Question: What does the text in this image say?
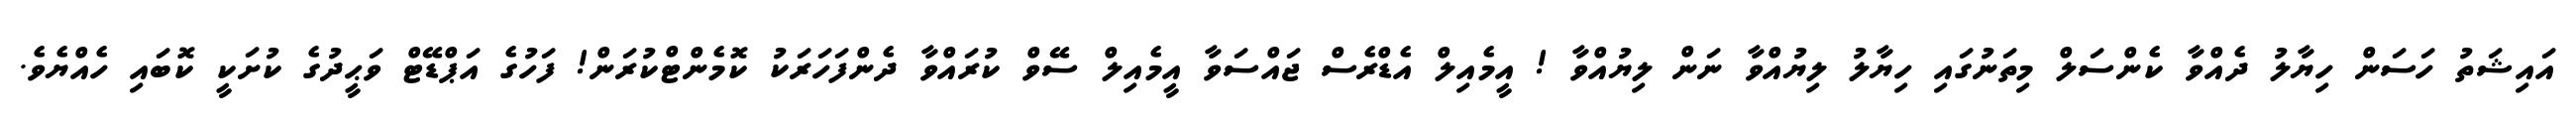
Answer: އައިޝަތު ހަސަން ހިޔާލު ދެއްވާ ކެންސަލް މިތަނުގައި ހިޔާލު ލިޔުއްވާ ނަން ލިޔުއްވާ ! އީމެއިލް އެޑްރެސް ޖައްސަވާ އީމެއިލް ސޭވް ކުރައްވާ ދެންފަހަރަކު ކޮމެންޓްކުރަން! ފަހުގެ އަޕްޑޭޓް ވަޙީދުގެ ކުށަކީ ކޮބައި ހެއްޔެވެ.